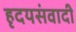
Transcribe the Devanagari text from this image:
हृदयसंवादी